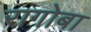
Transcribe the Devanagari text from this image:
रागोबा